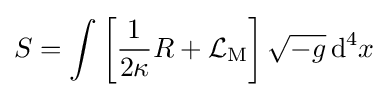
S=\int \left[{\frac {1}{2\kappa }}R+{\mathcal {L}}_{\mathrm {M} }\right]{\sqrt {-g}}\,\mathrm {d} ^{4}x